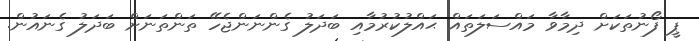
ޕީ ފޯނުތަކަށް ދިމާވާ މައްސަލަތައް ޙައްލުކުރުމާއި ބަދަލު ގެންނަންޖެހޭ ތަންތަނަށް ބަދަލު ގެނައުން.